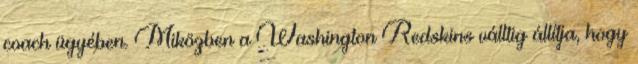
coach ügyében. Miközben a Washington Redskins válltig állítja, hogy